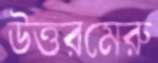
উত্তরমেরু